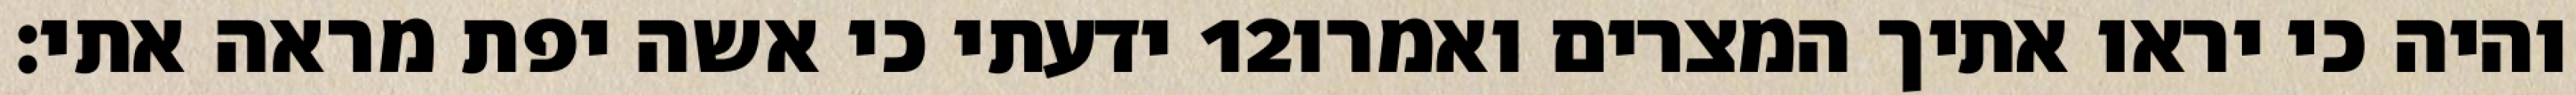
ידעתי כי אשה יפת מראה אתי׃ ‎12‏ והיה כי יראו אתיך המצרים ואמרו